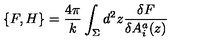
\{ F , H \} = \frac { 4 \pi } k \int _ { \Sigma } d ^ { 2 } z \frac { \delta F } { \delta A _ { i } ^ { a } ( z ) }